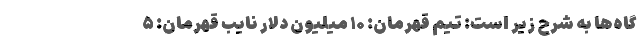
گاه‌ها به شرح زیر است: تیم قهرمان: ۱۰ میلیون دلار نایب قهرمان: ۵